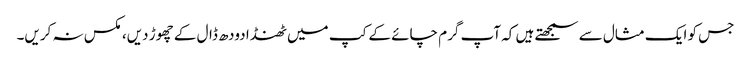
جس کو ایک مثال سے سمجھتے ہیں کہ آپ گرم چائے کے کپ میں ٹھنڈا دودھ ڈال کے چھوڑ دیں، مکس نہ کریں۔